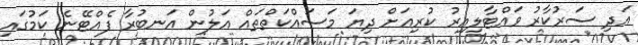
އަދި ސަރުކާރު ވައްޓާލިއިރު ކުރިއަށް ދިޔަ މަސައްކަތްތައް އަލުން އަނބުރާ ފެއްޓޭނެ ކަމުގައި